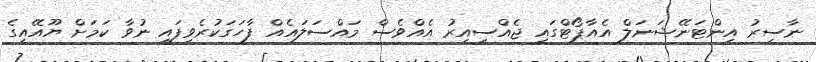
ނާސިރު އިންޓަނޭޝަނަލް އެއާޕޯޓްގައި ޖެއްސިއިރު އެއްވެސް މައްސަލައެއް ފާހަގަކުރެވިފައި ނުވާ ކަމަށް ޔޫއޭއީގެ